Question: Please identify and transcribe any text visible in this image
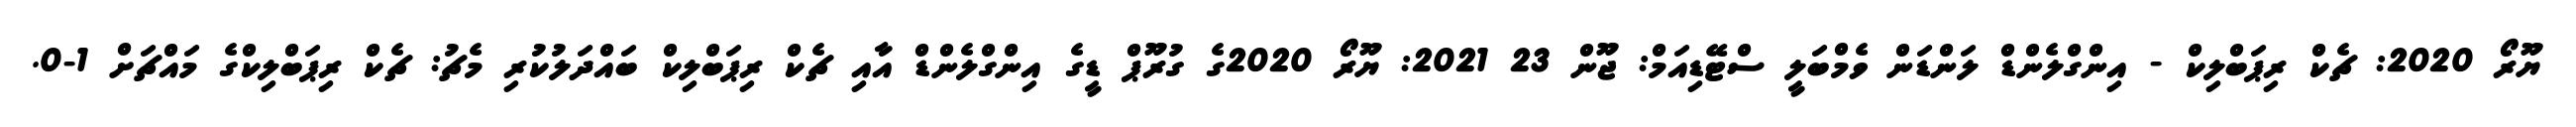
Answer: ޔޫރޯ 2020: ޗެކް ރިޕަބްލިކް - އިންގްލެންޑް ލަންޑަން ވެމްބަލީ ސްޓޭޑިއަމް: ޖޫން 23 2021: ޔޫރޯ 2020ގެ ގުރޫޕް ޑީގެ އިންގްލެންޑް އާއި ޗެކް ރިޕަބްލިކް ބައްދަލުކުރި މެޗު: ޗެކް ރިޕަބްލިކްގެ މައްޗަށް 1-0.